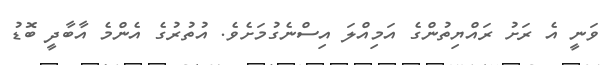
ވަނީ އެ ރަށު ރައްޔިތުންގެ އަމިއްލަ އިސްނެގުމަށެވެ. އުތުރުގެ އެންމެ އާބާދީ ބޮޑު